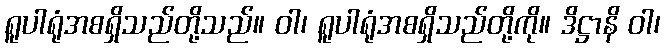
ရူပါရုံအစရှိသည်တို့သည်။ ဝါ၊ ရူပါရုံအစရှိသည်တို့ကို။ ဒိဋ္ဌာနိ ဝါ၊